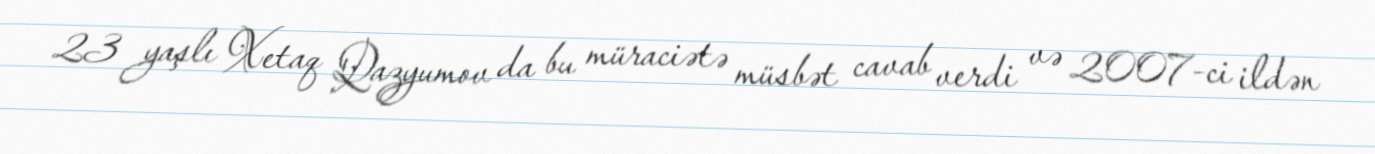
23 yaşlı Xetaq Qazyumov da bu müraciətə müsbət cavab verdi və 2007-ci ildən